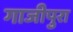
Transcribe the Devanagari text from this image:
गाजीपुरा